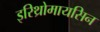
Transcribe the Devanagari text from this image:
इरिथ्रोमायसिन